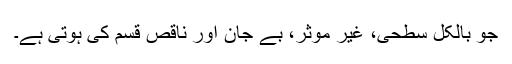
جو بالکل سطحی، غیر موثر، بے جان اور ناقص قسم کی ہوتی ہے۔